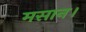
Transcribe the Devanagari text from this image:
मसान।